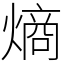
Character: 熵